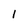
Character: l